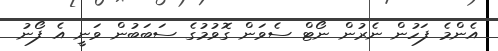
އެންމެ ފަހުން ނެރުން ނޯޓް ސެވަން ގޮވުމުގެ ސަބަބުން ވަނީ އެ ފޯނު